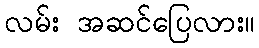
လမ်း အဆင်ပြေလား။